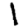
Digit: 1